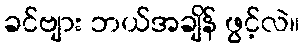
ခင်ဗျား ဘယ်အချိန် ဖွင့်လဲ။